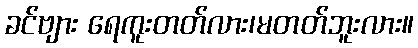
ခင်ဗျား ရေကူးတတ်လား၊မတတ်ဘူးလား။